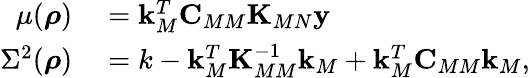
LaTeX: \begin{array}{rl}{\mu(\boldsymbol{\mathbf{\rho}})}&{{}=\boldsymbol{\mathbf{k}}_{M}^{T}\boldsymbol{\mathbf{C}}_{MM}\boldsymbol{\mathbf{K}}_{MN}\boldsymbol{\mathbf{y}}}\\ {\Sigma^{2}(\boldsymbol{\mathbf{\rho}})}&{{}=k-\boldsymbol{\mathbf{k}}_{M}^{T}\boldsymbol{\mathbf{K}}_{MM}^{-1}\boldsymbol{\mathbf{k}}_{M}+\boldsymbol{\mathbf{k}}_{M}^{T}\boldsymbol{\mathbf{C}}_{MM}\boldsymbol{\mathbf{k}}_{M},}\end{array}